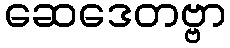
ဆေဒေတဗ္ဗာ